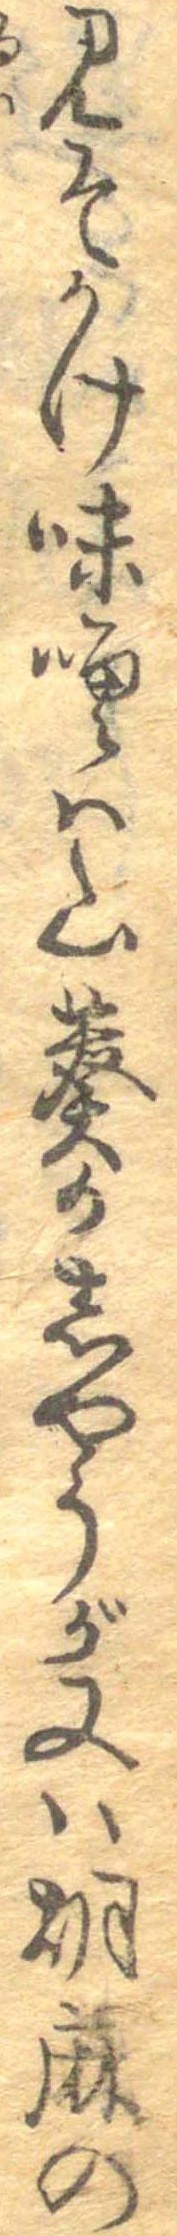
みそかけ味噌は山葵かしやうが又は胡麻の